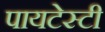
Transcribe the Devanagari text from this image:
पायटेस्टी